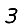
Digit: 3